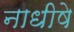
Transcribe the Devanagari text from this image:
नाधीषे